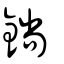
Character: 鋿